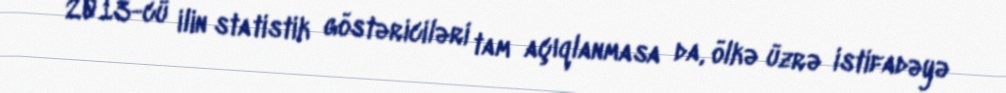
2013-cü ilin statistik göstəriciləri tam açıqlanmasa da, ölkə üzrə istifadəyə